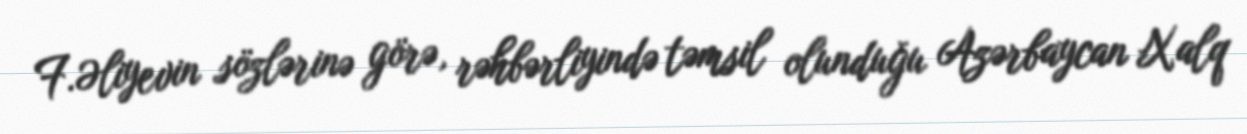
F.Əliyevin sözlərinə görə, rəhbərliyində təmsil olunduğu Azərbaycan Xalq